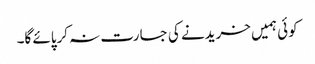
کوئی ہمیں خریدنے کی جسارت نہ کرپائے گا۔